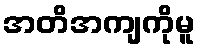
အတိအကျကိုမူ